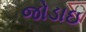
જોડાઇ